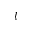
l